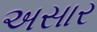
અસાર